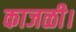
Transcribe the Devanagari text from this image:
काजळी।